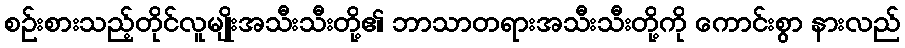
စဉ်းစားသည့်တိုင်လူမျိုးအသီးသီးတို့၏ ဘာသာတရားအသီးသီးတို့ကို ကောင်းစွာ နားလည်